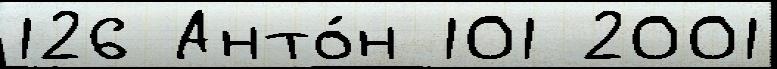
126 Анто́н 101 2001